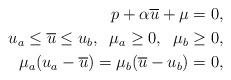
LaTeX: \begin{align*}p+\alpha \overline{u}+\mu=0, \\u_{a}\le \overline{u} \le u_{b}, \;\; \mu_{a}\ge 0, \;\;\mu_{b}\ge 0, \\\mu_{a}(u_{a}-\overline{u})=\mu_{b}(\overline{u}-u_{b})=0, \end{align*}